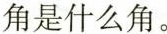
角是什么角。